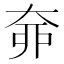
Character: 𡘣